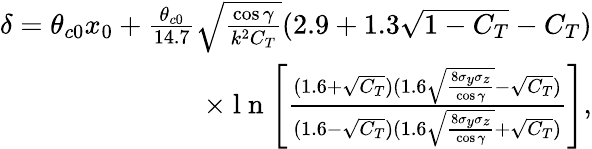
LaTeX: \begin{array}{r}{\delta=\theta_{c0}x_{0}+\frac{\theta_{c0}}{14.7}\sqrt{\frac{\cos{\gamma}}{k^{2}C_{T}}}(2.9+1.3\sqrt{1-C_{T}}-C_{T})}\\ {\times\mathrm{~l~n~}\Bigg[\frac{(1.6+\sqrt{C_{T}})(1.6\sqrt{\frac{8\sigma_{y}\sigma_{z}}{\cos{\gamma}}}-\sqrt{C_{T}})}{(1.6-\sqrt{C_{T}})(1.6\sqrt{\frac{8\sigma_{y}\sigma_{z}}{\cos{\gamma}}}+\sqrt{C_{T}})}\Bigg],}\end{array}